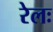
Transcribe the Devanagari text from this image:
रेलः